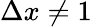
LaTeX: \Delta x\neq 1